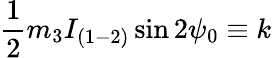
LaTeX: \frac 12m_{3}I_{(1-2)}\sin 2\psi_{0}\equiv k